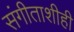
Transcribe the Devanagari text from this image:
संगीताशीही